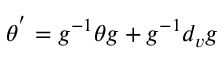
\theta ^ { ' } = g ^ { - 1 } \theta g + g ^ { - 1 } d _ { v } g